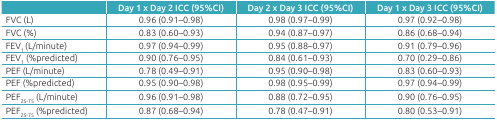
|  | Day 1 x Day 2 ICC (95%CI) | Day 2 x Day 3 ICC (95%CI) | Day 1 x Day 3 ICC (95%CI) |
 | --- | --- | --- | --- |
 | FVC (L) | 0.96 (0.91-0.98) | 0.98 (0.97-0.99) | 0.97 (0.92-0.98) |
 | FVC (%) | 0.83 (0.60-0.93) | 0.94 (0.87-0.97) | 0.86 (0.68-0.94) |
 | FEV1 (L/minute) | 0.97 (0.94-0.99) | 0.95 (0.88-0.97) | 0.91 (0.79-0.96) |
 | FEV1 (%predicted) | 0.90 (0.76-0.95) | 0.84 (0.61-0.93) | 0.70 (0.29-0.86) |
 | PEF (L/minute) | 0.78 (0.49-0.91) | 0.95 (0.90-0.98) | 0.83 (0.60-0.93) |
 | PEF (%predicted) | 0.95 (0.90-0.98) | 0.98 (0.95-0.99) | 0.97 (0.94-0.99) |
 | PEF25-75 (L/minute) | 0.96 (0.91-0.98) | 0.88 (0.72-0.95) | 0.90 (0.76-0.95) |
 | PEF25-75 (%predicted) | 0.87 (0.68-0.94) | 0.78 (0.47-0.91) | 0.80 (0.53-0.91) |